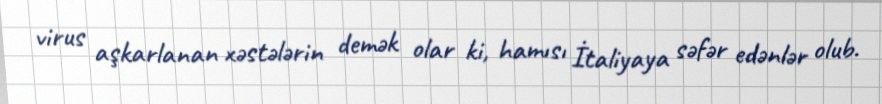
virus aşkarlanan xəstələrin demək olar ki, hamısı İtaliyaya səfər edənlər olub.